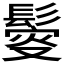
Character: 𩮃